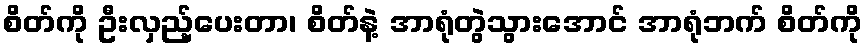
စိတ်ကို ဦးလှည့်ပေးတာ၊ စိတ်နဲ့ အာရုံတွဲသွားအောင် အာရုံဘက် စိတ်ကို